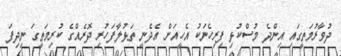
ދުވާރުމަތީގައި އިންދެ މުސްކުޅި ފިރިހެނަކު އެހީއަށް އެދެނީ ތަޅުލާފަހުރި ދޮރެއްގެ ކުރިމަތީގަ ނިދިފަ